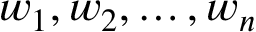
w _ { 1 } , w _ { 2 } , \dots , w _ { n }